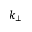
k _ { \bot }